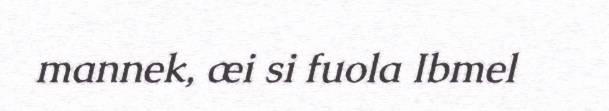
mannek, æi si fuola Ibmel